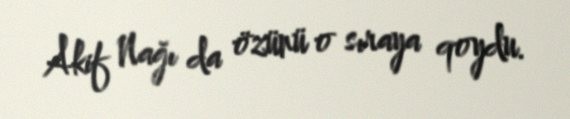
Akif Nağı da özünü o sıraya qoydu.